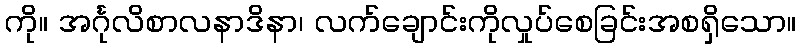
ကို။ အင်္ဂုလိစာလနာဒိနာ၊ လက်ချောင်းကိုလှုပ်စေခြင်းအစရှိသော။